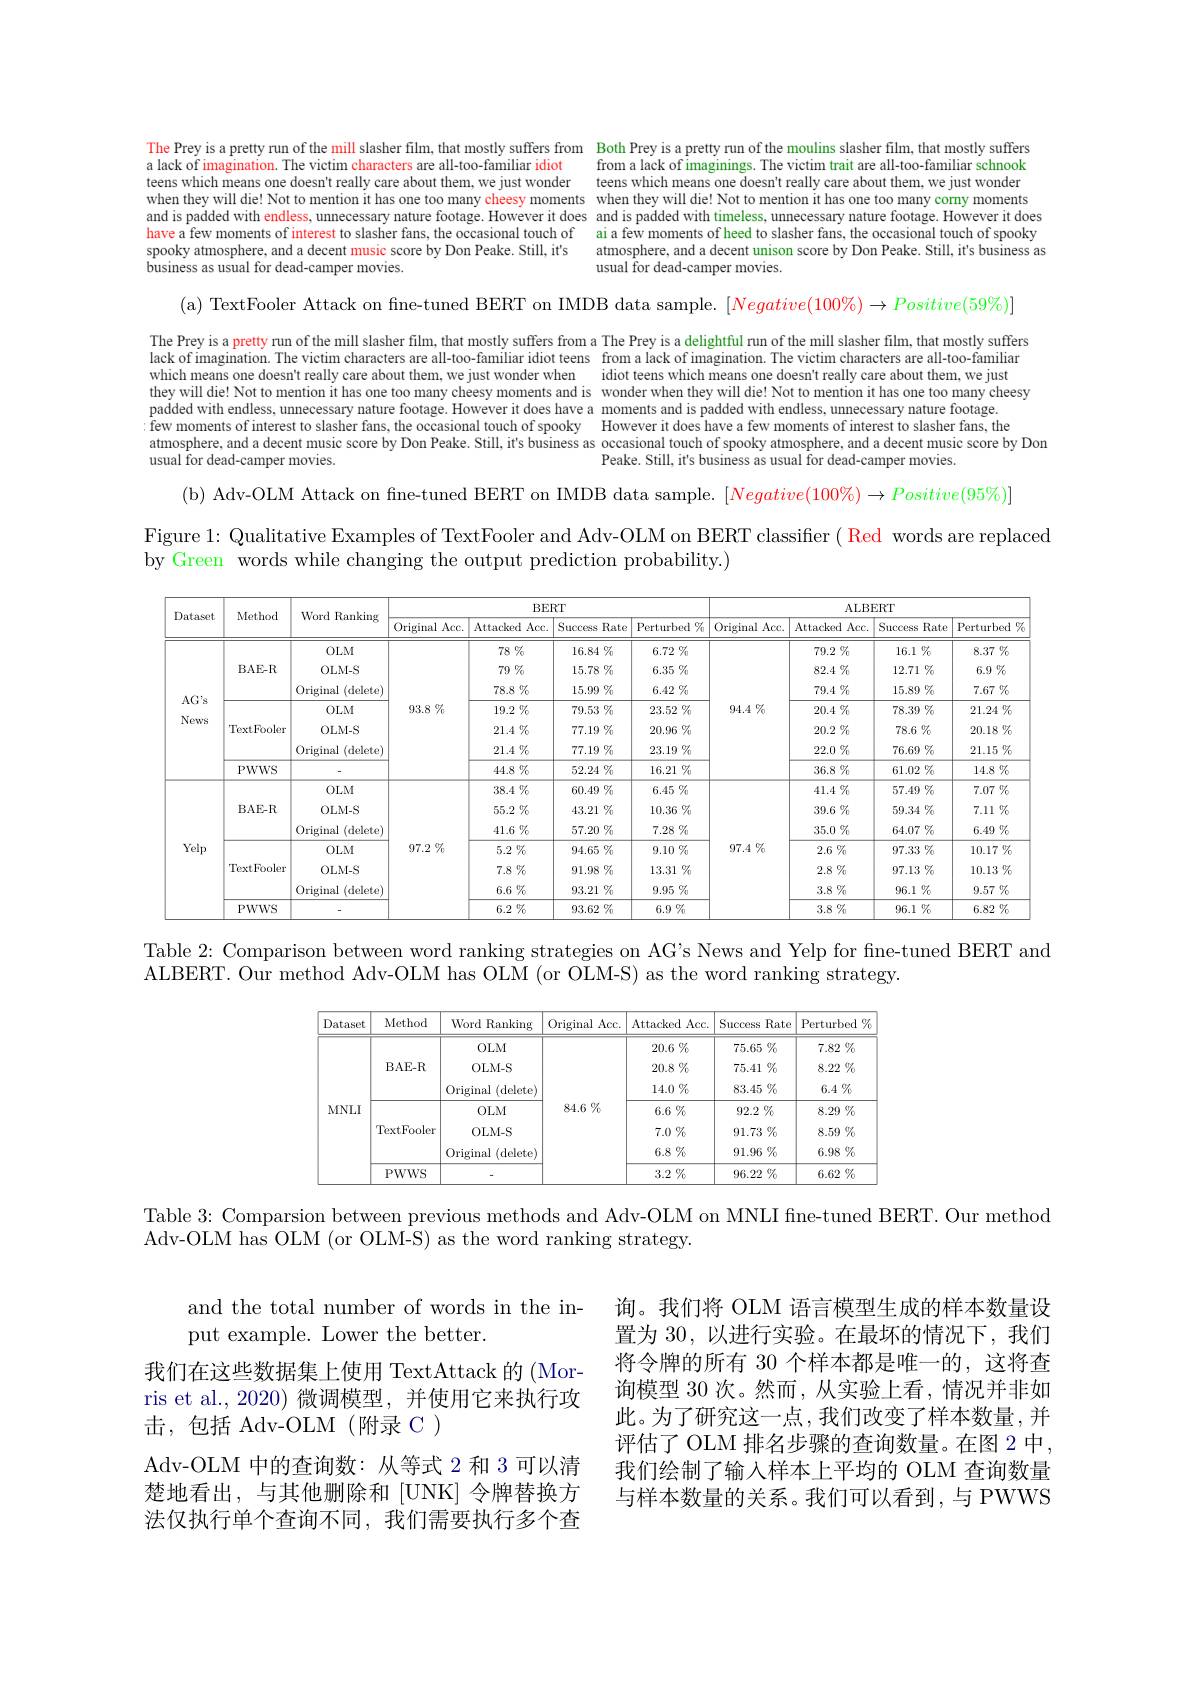
The Prey is a pretty run of the mill slasher film, that mostly suffers from Both Prey is a pretty run of the moulins slasher film, that mostly suffers
a lack of imagination. The victim characters are all-too-familiar idiot teens which means one doesn't really care about them, we just wonder when they will die! Not to mention it has one too many cheesy moments when they will die! Not to mention it has one too many corny moments and is padded with endless, unnecessary nature footage. However it does and is padded with timeless, unnecessary nature footage. However it does have a few moments of interest to slasher fans, the occasional touch of spooky atmosphere, and a decent music score by Don Peake. Still, it's business as usual for dead-camper movies.

from a lack of imaginings. The victim trait are all-too-familiar schnook teens which means one doesn't really care about them, we just wonder ai a few moments of heed to slasher fans, the occasional touch of spooky atmosphere, and a decent unison score by Don Peake. Still, it's business as usual for dead-camper movies.

(a) TextFooler Attack on fine-tuned BERT on IMDB data sample. $[Negative(100\%)\to Positive(59\%)]$

The Prey is a pretty run of the mill slasher film, that mostly suffers from a The Prey is a delightful run of the mill slasher film, that mostly suffers lack of imagination. The victim characters are all-too-familiar idiot teens from a lack of imagination. The victim characters are all-too-familian which means one doesn't really care about them, we just wonder when idiot teens which means one doesn't really care about them, we just they will die! Not to mention it has one too many cheesy moments and is wonder when they will die! Not to mention it has one too many cheesy
padded with endless, unnecessary nature footage. However it does have a moments and is padded with endless, unnecessary nature footage. few moments of interest to slasher fans, the occasional touch of spooky However it does have a few moments of interest to slasher fans, the atmosphere, and a decent music score by Don Peake. Still, it's business as occasional touch of spooky atmosphere, and a decent music score by Don
usual for dead-camper movies.
Peake. Still, it's business as usual for dead-camper movies.

(b) Adv-OLM Attack on fne-tuned BERT on IMDB data sample. $[Negative(100\%)\to Positive(95\%)]$

Figure 1: Qualitative Examples of TextFooler and Adv-OLM on BERT classifier ( Red words are replaced
by Green words while changing the output prediction probability.)

<table>
	<tbody>
		<tr>
			<th rowspan="2">Dataset</th>
			<th rowspan="2">Method</th>
			<th rowspan="2">Word Ranking</th>
			<th colspan="4">BERT</th>
			<th colspan="4">ALBERT</th>
		</tr>
		<tr>
			<th>Original Acc.</th>
			<th>Attacked Acc.</th>
			<th>Success Rate</th>
			<th>Perturbed $\%$ 1</th>
			<th>Original Acc.</th>
			<th>Attacked Acc. </th>
			<th>Success Rate</th>
			<th>Perturbed $\frac{1}{f}$ 小</th>
		</tr>
		<tr>
			<td rowspan="7">$AG's$ News</td>
			<td rowspan="3">BAE-R</td>
			<td>$0LM$</td>
			<td> </td>
			<td>$78\%$</td>
			<td>$16.84\%$</td>
			<td>$6.72\%$</td>
			<td> </td>
			<td>$79.2\%$</td>
			<td>$16.1\%$</td>
			<td>$8.37\%$</td>
		</tr>
		<tr>
			<td>0LM-S</td>
			<td rowspan="6">$93.8\%$</td>
			<td>$79\%$</td>
			<td>$15.78\%$</td>
			<td>$6.35\%$</td>
			<td rowspan="6">$94.4\%$</td>
			<td>$82.4\%$</td>
			<td>$12.71\%$</td>
			<td>$6.9\%$</td>
		</tr>
		<tr>
			<td>0riginal (delete)</td>
			<td>$78.8\%$</td>
			<td>$15.99\%$</td>
			<td>$6.42\%$</td>
			<td>$79.4\%$</td>
			<td>$15.89\%$</td>
			<td>$7.67\not\%$</td>
		</tr>
		<tr>
			<td rowspan="3">TextFooler</td>
			<td>$0LM$</td>
			<td>$19.2\%$</td>
			<td>$79.53\%$</td>
			<td>$23.52\%$</td>
			<td>$20.4\%$</td>
			<td>$78.39\%$</td>
			<td>$21.24\%$</td>
		</tr>
		<tr>
			<td>0LM-S</td>
			<td>$21.4\%$</td>
			<td>$77.19\%$</td>
			<td>$20.96\%$</td>
			<td>$20.2\%$</td>
			<td>$78.6\%$</td>
			<td>$20.18\%$</td>
		</tr>
		<tr>
			<td>0riginal (delete)</td>
			<td>$21.4\%$</td>
			<td>$77.19\%$</td>
			<td>$23.19\%$</td>
			<td>$22.0\%$</td>
			<td>$76.69\%$</td>
			<td>$21.15\%$</td>
		</tr>
		<tr>
			<td>PWWS</td>
			<td> </td>
			<td>$44.8\%$</td>
			<td>$52.24\%$</td>
			<td>$16.21\%$</td>
			<td>$36.8\%$</td>
			<td>$61.02\%$</td>
			<td>$14.8\%$</td>
		</tr>
		<tr>
			<td rowspan="7">Yelp</td>
			<td> </td>
			<td>$0LM$</td>
			<td rowspan="7">$97.2\%$</td>
			<td>$38.4\%$</td>
			<td>$60.49\%$</td>
			<td>$6.45\%$</td>
			<td rowspan="7">$97.4\%$</td>
			<td>$41.4\%$</td>
			<td>$57.49\%$</td>
			<td>$7.07\not\%$</td>
		</tr>
		<tr>
			<td>BAE- R</td>
			<td>0LM-S</td>
			<td>$55.2\%$</td>
			<td>$43.21\%$</td>
			<td>$10.36\%$</td>
			<td>$39.6\%$</td>
			<td>$59.34\%$</td>
			<td>$7.11\%$</td>
		</tr>
		<tr>
			<td> </td>
			<td>0riginal (delete)</td>
			<td>$41.6\%$</td>
			<td>$57.20\%$</td>
			<td>$7.28\%$</td>
			<td>$35.0\%$</td>
			<td>$64.07\%$</td>
			<td>$6.49\%$</td>
		</tr>
		<tr>
			<td rowspan="3">TextFooler</td>
			<td>$0LM$</td>
			<td>$5.2\%$</td>
			<td>$94.65\%$</td>
			<td>$9.10\%$</td>
			<td>$2.6\%$</td>
			<td>$97.33\%$</td>
			<td>$10.17\%$</td>
		</tr>
		<tr>
			<td>0LM-S</td>
			<td>$7.8\%$</td>
			<td>$91.98\%$</td>
			<td>$13.31\%$</td>
			<td>$2.8\%$</td>
			<td>$97.13\%$</td>
			<td>$10.13\%$</td>
		</tr>
		<tr>
			<td>0riginal (delete)</td>
			<td>$6.6\%$</td>
			<td>$93.21\%$</td>
			<td>$9.95\%$</td>
			<td>$3.8\%$</td>
			<td>$96.1\%$</td>
			<td>$9.57\%$</td>
		</tr>
		<tr>
			<td>PWWS</td>
			<td> </td>
			<td>$6.2\%$</td>
			<td>93.62 $2\%$</td>
			<td>$6.9\%$</td>
			<td>$3.8\%$</td>
			<td>$96.1\%$</td>
			<td>$6.82\%$</td>
		</tr>
	</tbody>
</table>

Table 2: Comparison between word ranking strategies on AG's News and Yelp for fine-tuned BERT and

ALBERT. Our method Adv-OLM has OLM (or OLM-S) as the word ranking strategy.

<FigureHere>

Table 3: Comparsion between previous methods and Adv-OLM on MNLI fine-tuned BERT. Our method
Adv-OLM has OLM (or OLM-S) as the word ranking strategy.

and the total number of words in the in-
put example. Lower the better.
我们在这些数据集上使用 TextAttack 的 (Morris et al., 2020) 微调模型，并使用它来执行攻击，包括 Adv-OLM(附录 C)
Adv-OLM 中的查询数：从等式 2 和 3 可以清楚地看出，与其他删除和令牌替换方法仅执行单个查询不同，我们需要执行多个查

询。我们将 OLM 语言模型生成的样本数量设置为 30 , 以进行实验。在最坏的情况下，我们将令牌的所有 30 个样本都是唯一的，这将查询模型 30 次。然而，从实验上看，情况并非如此。为了研究这一点，我们改变了样本数量，并评估了 OLM 排名步骤的查询数量。在图 2 中， 我们绘制了输入样本上平均的 OLM 查询数量与样本数量的关系。我们可以看到，与 PWWS